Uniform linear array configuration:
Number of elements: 24
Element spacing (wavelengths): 1
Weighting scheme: binomial
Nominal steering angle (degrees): -15
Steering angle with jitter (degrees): -14.216
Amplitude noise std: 0.05
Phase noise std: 0.05

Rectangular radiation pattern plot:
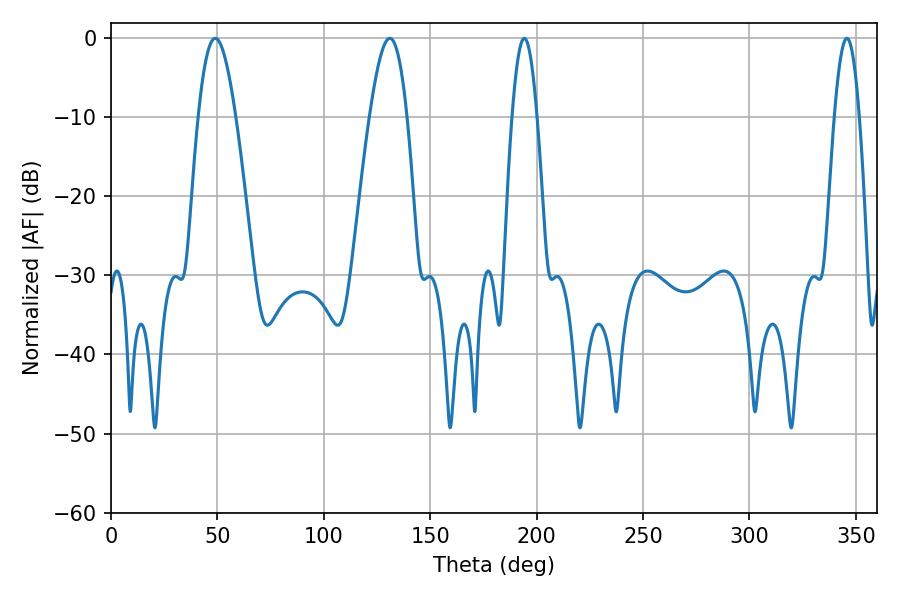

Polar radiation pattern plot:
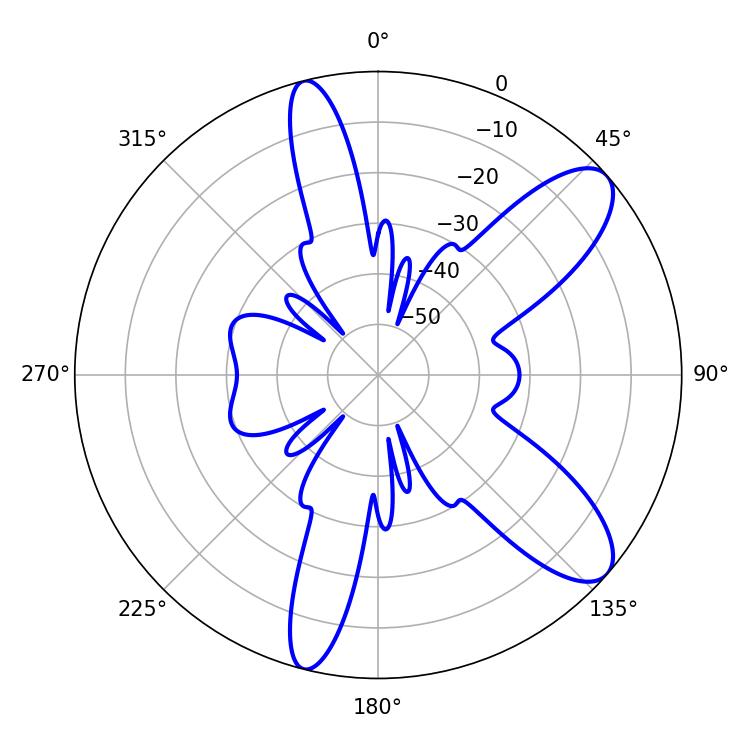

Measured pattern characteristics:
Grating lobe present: TRUE
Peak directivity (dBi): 9.706
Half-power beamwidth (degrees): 6.48
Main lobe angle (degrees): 194.22